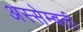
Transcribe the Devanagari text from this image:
अस्सेम्बली